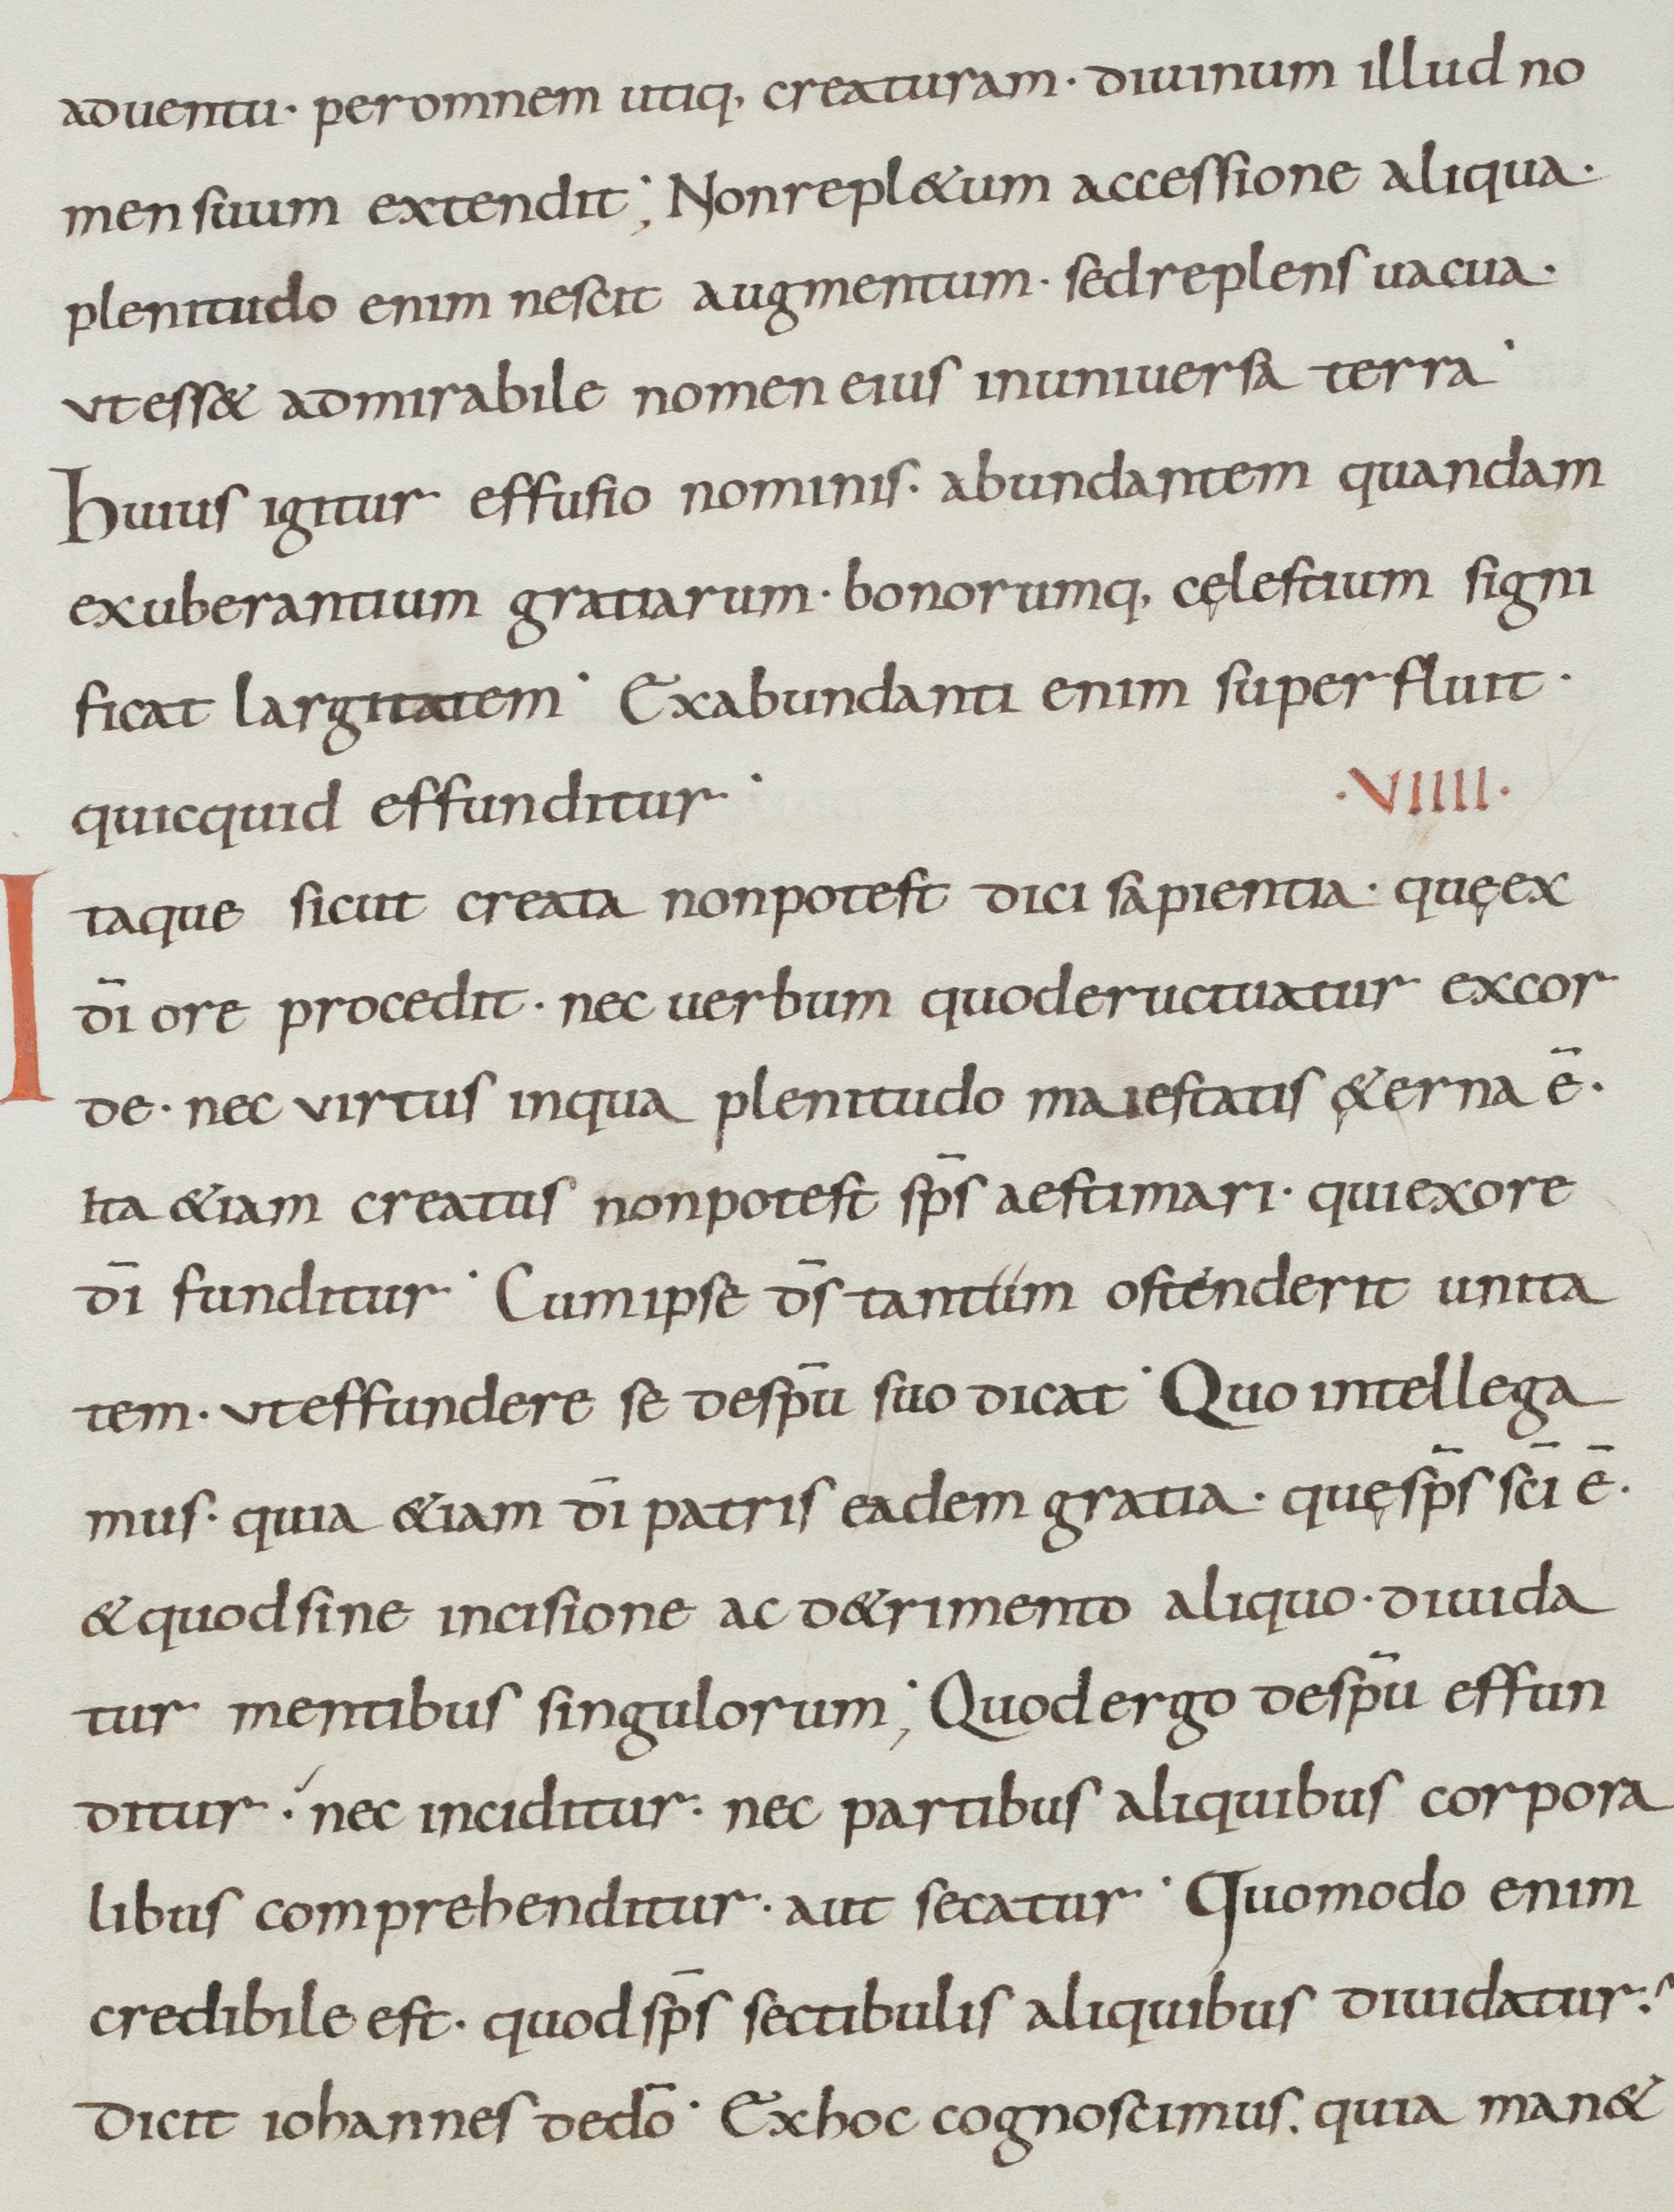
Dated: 900–999